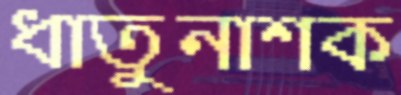
ধাতুনাশক